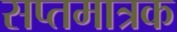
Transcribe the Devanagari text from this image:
सप्तमात्रक